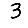
Digit: 3